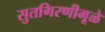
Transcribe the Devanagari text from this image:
सुतगिरणीमूळे